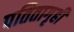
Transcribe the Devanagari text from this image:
पतितागृही